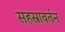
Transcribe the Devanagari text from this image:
सहस्रावर्तन